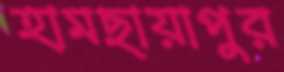
হামছায়াপুর